Report of the Indian Hemp Drugs Commission, 1894-1895 - Volume V
Year: 1894
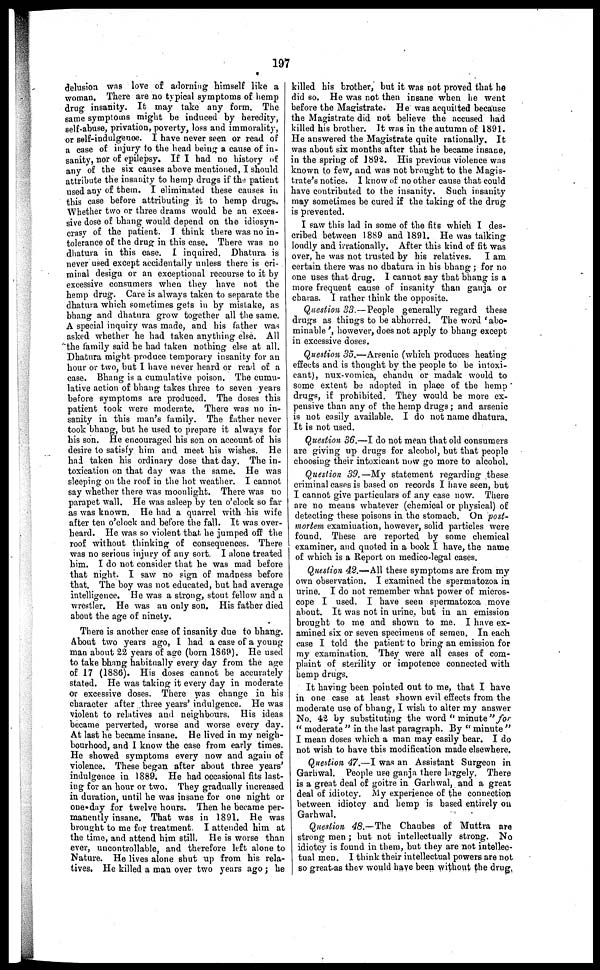
197
delusion was love of adorning himself like a I
woman. There are no typical symptoms of hemp
drug insanity. It may take any form. The
same symptoms might be induced by heredity,
self-abuse, privation, poverty, loss and immorality,
or self-indulgence. I have never seen or read of
a case of injury to the head being a cause of in-
sanity, nor of epilepsy. If I had no history of
any of the six causes above mentioned, I should
attribute the insanity to hemp drugs if the patient
used any of them. I eliminated these causes in
this case before attributing it to hemp drugs,
Whether two or three drams would be an exces-
sive dose of bhang would depend on the idiosyn-
crasy of the patient. I think there was no in-
tolerance of the drug in this case. There was no
dhatura in this case. I inquired. Dhatura is
never used except accidentally unless there is cri-
minal design or an exceptional recourse to it by
excessive consumers when they have not the
hemp drug. Care is always taken to separate the
dhatura which sometimes gets in by mistake, as
bhang and dhatura grow together all the same.
A special inquiry was made, and his father was
asked whether he had taken any thing else. All
the family said he had taken nothing else at all.
Dhatura might produce temporary insanity for an
hour or two, but I have never heard or read of a
case. Bhang is a cumulative poison. The cumu-
lative action of bhang takes three to seven years
before symptoms are produced. The doses this
patient took were moderate. There was no in-
sanity in this man's family. The father never
took bhang, but he used to prepare it always for
his son. He encouraged his son on account of his
desire to satisfy him and meet his wishes. He
had taken his ordinary dose that day. The in-
toxication on that day was the same. He was
sleeping on the roof in the hot weather. I cannot
say whether there was moonlight. There was no
parapet wall. He was asleep by ten o'clock so far
as was known. He had a quarrel with his wife
after ten o'clock and before the fall. It was over-
heard. He was so violent that he jumped off the
roof without thinking of consequences. There
was no serious injury of any sort. I alone treated
him. I do not consider that he was mad before
that night. I saw no sign of madness before
that. The boy was not educated, but had average
intelligence. He was a strong, stout fellow and a
wrestler. He was an only son. His father died
about the age of ninety.
There is another case of insanity due to bhang.
About two years ago, I had a case of a young
man about 22 years of age (born 1869). He used
to take bhang habitually every day from the age
of 17 (18S6). His doses cannot be accurately
stated. He was taking it every day in moderate
or excessive doses. There was change in his
character after three years' indulgence. He was
violent to relatives and neighbours. His ideas
became perverted, worse and worse every day.
At last he became insane. He lived in my neigh-
bourhood, and I know the case from early times.
He showed symptoms every now and again of
violence. These began after about three years'
indulgence in 1889. He had occasional fits last-
ing for an hour or two. They gradually increased
in duration, until he was insane for one night or
one-day for twelve hours. Then he became per-
manently insane. That was in 1891, He was
brought to me for treatment. I attended him at
the time, and attend him still. He is worse than
ever, uncontrollable, and therefore left alone to
Nature. He lives alone shut up from his rela-
tives. He killed a man over two years ago; he
killed his brother, but it was not proved that he
did so. He was not then insane when he went
before the Magistrate. He was acquitted because
the Magistrate did not believe the accused had
killed his brother. It was in the autumn of 1891.
He answered the Magistrate quite rationally. It
was about six months after that he became insane,
in the spring of 1892, His previous violence was
known to few, and was not brought to the Magis-
trate's notice. I know of no other cause that could
have contributed to the insanity. Such insanity
may sometimes be cured if the taking of the drug
is prevented.
I saw this lad in some of the fits which I des-
cribed between 18S9 and 1891. He was talking
loudly and irrationally. After this kind of fit was
over, he was not trusted by his relatives, I am
certain there was no dhatura in his bhang; for no
one uses that drug. I cannot say that bhang is a
more frequent cause of insanity than ganja or
charas. I rather think the opposite.
Question 33 —People generally regard these
drugs as things to be abhorred. The word ' abo-
minable ', however, does not apply to bhang except
in excessive doses,
Question 35.—Arsenic (which produces heating
effects and is thought by the people to be intoxi-
cant), nux-vomica, chandu or madak would to
some extent be adopted in place of the hemp
drugs, if prohibited. They would be more ex-
pensive than any of the hemp drugs; and arsenic
is not easily available. I do not name dhatura.
It is not used.
Question 36.—I do not mean that old consumers
are giving up drugs for alcohol, but that people
choosing their intoxicant now go more to alcohol.
Question 39.—My statement regarding these
criminal cases is based on records I have seen, but
I cannot give particulars of any case now. There
are no means whatever (chemical or physical) of
detecting these poisons in the stomach. On post-
mortem examination, however, solid particles were
found. These are reported by some chemical
examiner, and quoted in a book I have, the name
of which is a Report on medico-legal cases.
Question 42.—All these symptoms are from my
own observation. I examined the spermatozoa in
urine. I do not remember what power of micros-
cope I used. I have seen spermatozoa move
about. It was not in urine, but in an emission
brought to me and shown to me. I have ex-
amined six or seven specimens of semen. In each
case I told the patient to bring an emission for
my examination. They were all cases of com-
pliant of sterility or impotence connected with
hemp drugs.
It having been pointed out to me, that I have
in one case at least shown evil effects from the
moderate use of bhang, I wish to alter my answer
No. 42 by substituting the word " minute "for
" moderate " in the last paragraph. By " minute "
I mean doses which a man may easily bear. I do
not wish to have this modification made elsewhere.
Question 47.—I was an Assistant Surgeon in
Garhwal. People use ganja there largely. There
is a great deal of goitre in Garhwal, and a great
deal of idiotcy. My experience of the connection
between idiotcy and hemp is based entirely on
Garhwal.
Question 48.— The Chaubes of Muttra are
strong men ; but not intellectually strong. No
idiotcy is found in them, but they are not intellec-
tual men. I think their intellectual powers are not
so great as they would have been without the drug